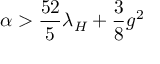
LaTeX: \alpha > { \frac { 5 2 } { 5 } } \lambda _ { H } + { \frac { 3 } { 8 } } g ^ { 2 }